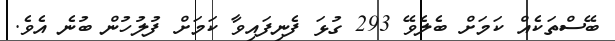
ބޭސްތަކެއް ކަމަށް ބެލެވޭ 293 ގުޅަ ފެނިފައިވާ ކަމަށް ފުލުހުން ބުނެ އެވެ.